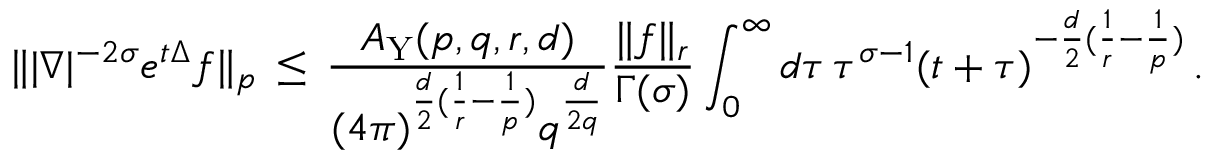
\| | \nabla | ^ { - 2 \sigma } e ^ { t \Delta } f \| _ { p } \, \leq \, \frac { A _ { \mathrm { Y } } ( p , q , r , d ) } { ( 4 \pi ) ^ { \frac { d } 2 ( \frac 1 r - \frac 1 p ) } q ^ { \frac { d } { 2 q } } } \frac { \| f \| _ { r } } { \Gamma ( \sigma ) } \int _ { 0 } ^ { \infty } d \tau \, \tau ^ { \sigma - 1 } ( t + \tau ) ^ { - \frac { d } 2 ( \frac 1 r - \frac 1 p ) } \, .